Senior Leaving Certificate Examination (including Day School Certificate (Higher) General paper), 1950
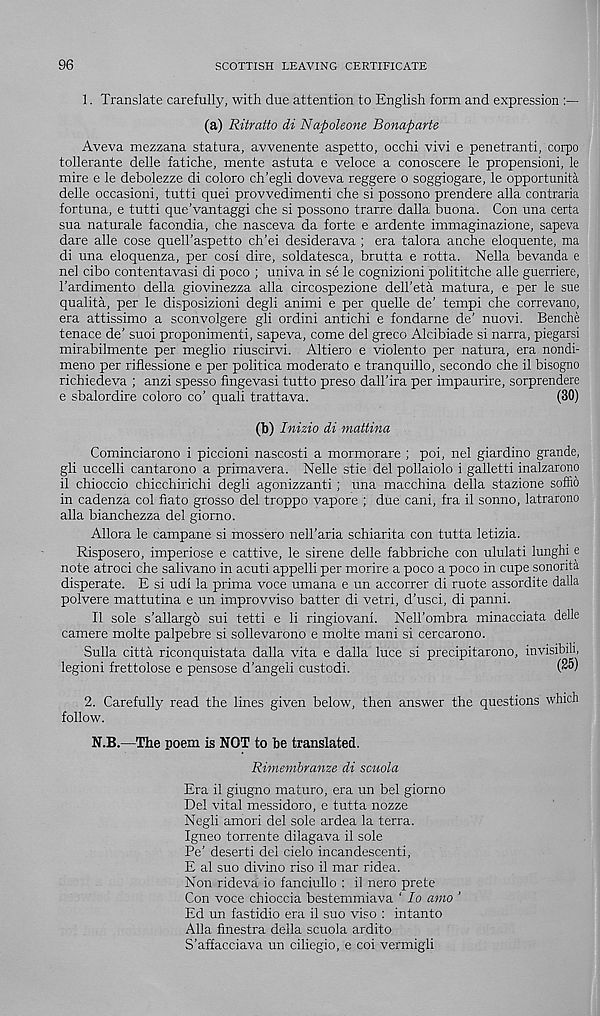
96
SCOTTISH LEAVING CERTIFICATE
1. Translate carefully, with due attention to English form and expression
(a) Ritratto di Napoleone Bonaparte
Aveva mezzana statura, avvenente aspetto, occhi vivi e penetranti, corpo
tollerante delle fatiche, mente astuta e veloce a conoscere le propensioni, le
mire e le debolezze di coloro ch’egli doveva reggere o soggiogare, le opportunita
delle occasion!, tutti quei provvedimenti che si possono prendere alia contraria
fortuna, e tutti que’vantaggi che si possono trarre dalla buona. Con una certa
sua naturale facondia, che nasceva da forte e ardente immaginazione, sapeva
dare alle cose quell'aspetto ch’ei desiderava ; era talora anche eloquente, ma
di una eloquenza, per cosi dire, soldatesca, brutta e rotta. Nella bevanda e
nel cibo contentavasi di poco ; univa in se le cognizioni polititche alle guerriere,
I’ardimento della giovinezza alia circospezione dell’eta matura, e per le sue
qualita, per le disposizioni degli animi e per quelle de’ tempi che correvano,
era attissimo a sconvolgere gli ordini antichi e fondarne de’ nuovi. Benche
tenace de’ suoi proponimenti, sapeva, come del greco Alcibiade si narra, piegarsi
mirabilmente per meglio riuscirvi. Altiero e violent© per natura, era nondi-
meno per riflessione e per politica moderato e tranquillo, secondo che il bisogno
richiedeva ; anzi spesso fingevasi tutto preso dall’ira per impaurire, sorprendere
e sbalordire coloro co’ quali trattava.
(30)
(b) Inizio di mattina
Cominciarono i piccioni nascosti a mormorare ; poi, nel giardino grande,
gli uccelli cantarono a primavera. Nelle stie del pollaiolo i galletti inalzarono
il chioccio chicchirichi degli agonizzanti ; una macchina della stazione soffid
in cadenza col fiato grosso del troppo vapore ; due cani, fra il sonno, latrarono
alia bianchezza del giorno.
Allora le campane si mossero nell’aria schiarita con tutta letizia.
Risposero, imperiose e cattive, le sirene delle fabbriche con ululati lunghi e
note atroci che salivano in acuti appelli per morire a poco a poco in cupe sonorita
disperate. E si udi la prima voce umana e un accorrer di ruote assordite dalla
polvere mattutina e un improvviso batter di vetri, d’usci, di panni.
Il sole s’allargb sui tetti e li ringiovani. Nell’ombra minacciata delle
camere molte palpebre si sollevarono e molte mani si cercarono.
Sulla citta riconquistata dalla vita e dalla luce si precipitarono, invisibili,
legioni frettolose e pensose d’angeii custodi.
(^)
2. Carefully read the lines given below, then answer the questions which
follow.
N.B.—The poem is NOT to be translated.
Rimembranze di scuola
Era il giugno maturo, era un bel giorno
Del vital messidoro, e tutta nozze
Negli amori del sole ardea la terra.
Igneo torrente dilagava il sole
Pe’ deserti del cielo incandescent!,
E al suo divino riso il mar ridea.
Non rideva io fanciullo : il nero prete
Con voce chioccia bestemmiava ‘ lo amo ’
Ed un fastidio era il suo viso : intanto
Alla finestra della scuola ardito
S’affacciava un ciliegio, e coi vermigli